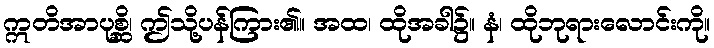
ဣတိအာပုစ္ဆိ၊ ဤသို့ပန်ကြား၏။ အထ၊ ထိုအခါ၌။ နံ၊ ထိုဘုရားလောင်းကို။